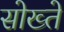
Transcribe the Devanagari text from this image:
सोख्ते